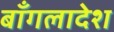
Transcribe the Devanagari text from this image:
बाँगलादेश